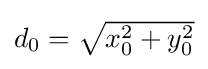
{\textstyle d_{0}={\sqrt {x_{0}^{2}+y_{0}^{2}}}}